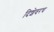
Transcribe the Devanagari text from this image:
दिशेवरच